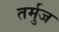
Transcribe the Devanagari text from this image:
तर्मुज